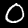
Digit: 0